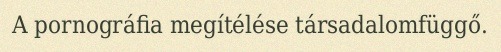
A pornográfia megítélése társadalomfüggő.